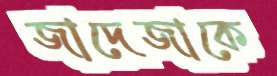
জাদেজাকে